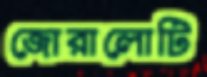
জোরালোটি